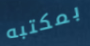
بمكتبه